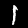
Digit: 1